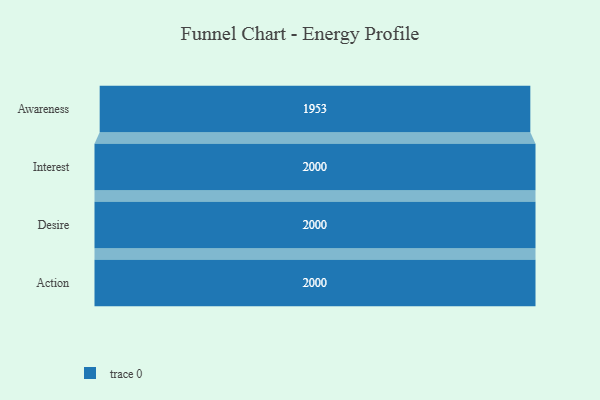
{"axis": {"x": "Stage", "y": "Value"}, "legend": [""], "data": [{"x": "Awareness", "y": 1953.0, "type": ""}, {"x": "Interest", "y": 2000, "type": ""}, {"x": "Desire", "y": 2000, "type": ""}, {"x": "Action", "y": 2000, "type": ""}]}